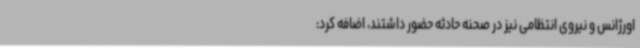
اورژانس و نیروی انتظامی نیز در صحنه حادثه حضور داشتند، اضافه کرد: